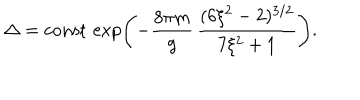
\Delta = \mathrm { c o n s t } \, \exp \left( - \frac { 8 \pi m } { g } \, \frac { ( 6 \xi ^ { 2 } - 2 ) ^ { 3 / 2 } } { 7 \xi ^ { 2 } + 1 } \right) .